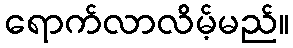
ရောက်လာလိမ့်မည်။